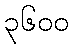
၃၆၀၀